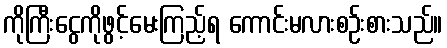
ကိုကြီးငွေကိုဖွင့်မေးကြည့်ရ ကောင်းမလားစဉ်းစားသည်။